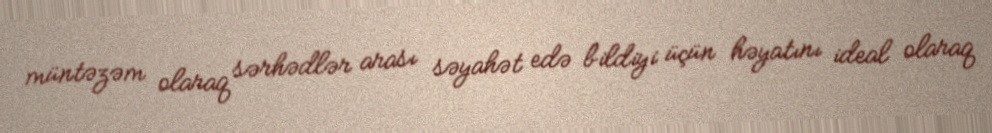
müntəzəm olaraq sərhədlər arası səyahət edə bildiyi üçün həyatını ideal olaraq